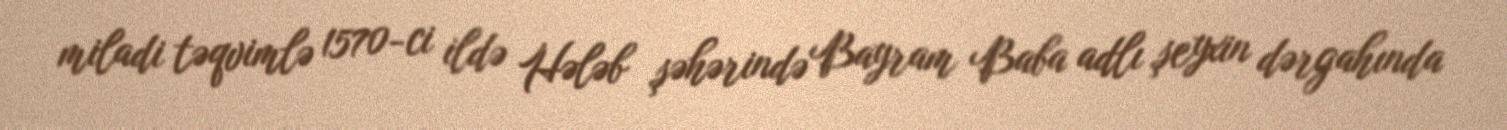
miladi təqvimlə 1570-ci ildə Hələb şəhərində Bayram Baba adlı şeyxin dərgahında